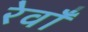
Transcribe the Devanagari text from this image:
रेवाँ